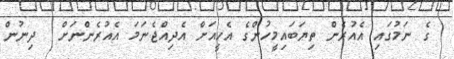
ގެ ނަމުގައި އެއުރެން ތިޔަބައިމީހުންގެ އެހީއަށް އެދިއްޖެނަމަ އެއުރެންނަށް  ދިނުން